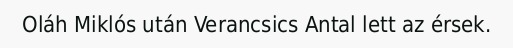
Oláh Miklós után Verancsics Antal lett az érsek.